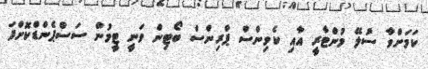
ކަމަށްވާ ސުލޭ މުންޓާރީ އާއި ކެވިންސް ޕްރިންސް ބޯޓިން ވަނީ ޓީމުން ސަސްޕެންޑްކޮށްފަ